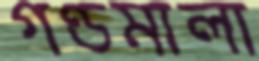
গণ্ডমালা